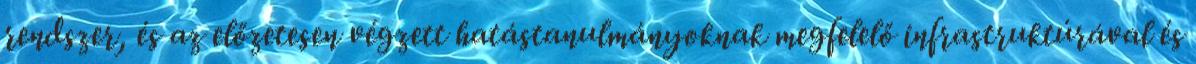
rendszer, és az előzetesen végzett hatástanulmányoknak megfelelő infrastruktúrával és